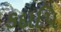
કદાપિ